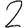
Digit: 2